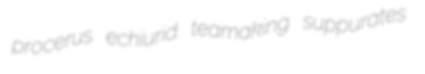
procerus echiurid teamaking suppurates